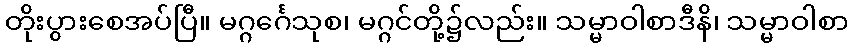
တိုးပွားစေအပ်ပြီ။ မဂ္ဂင်္ဂေသုစ၊ မဂ္ဂင်တို့၌လည်း။ သမ္မာဝါစာဒီနိ၊ သမ္မာဝါစာ